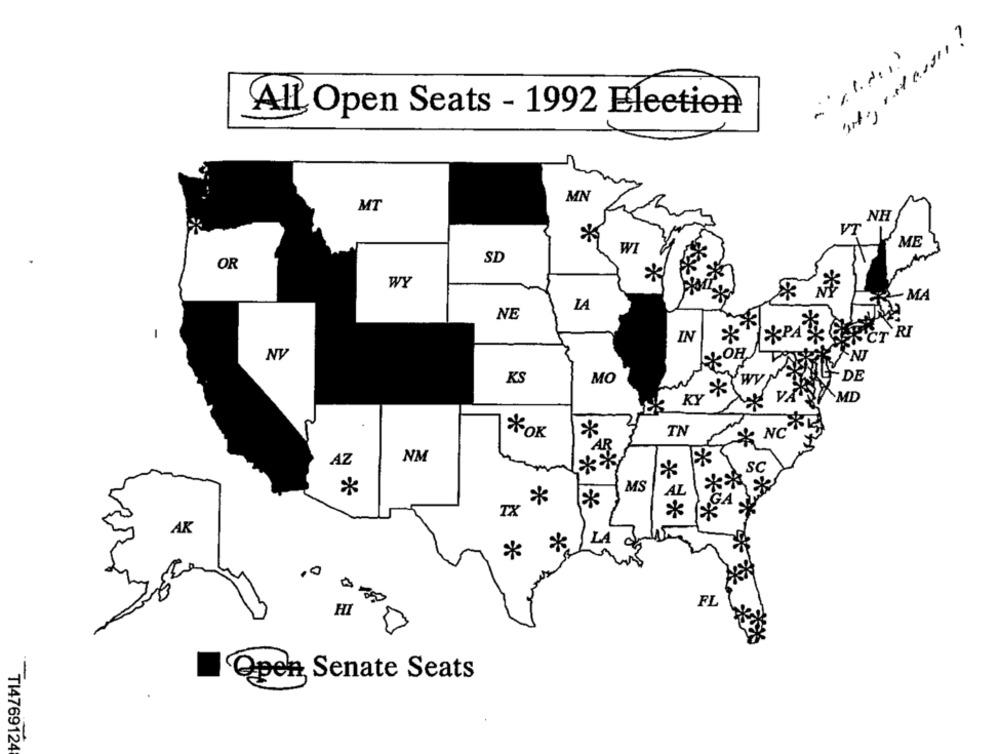
All Open Seats - 1992 Election
MN
MT
NH
VI
ME
WI
SD
OR
*
WY
~ MA
LA
NE
-
IN
*
*PAS CER
CT RI
NV
NJ
MO
KS
DE
*
VAN MD
KY
* NCL
*OK
*
TN
NM
AZ
Sc
*
*
MS
AL
*
TX
* ***
AK
LA
*
*
0
FL
180
Open Senate Seats
TI4769124